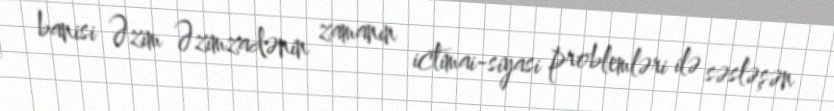
banisi Əzim Əzimzadənin zamanın ictimai-siyasi problemləri ilə səsləşən